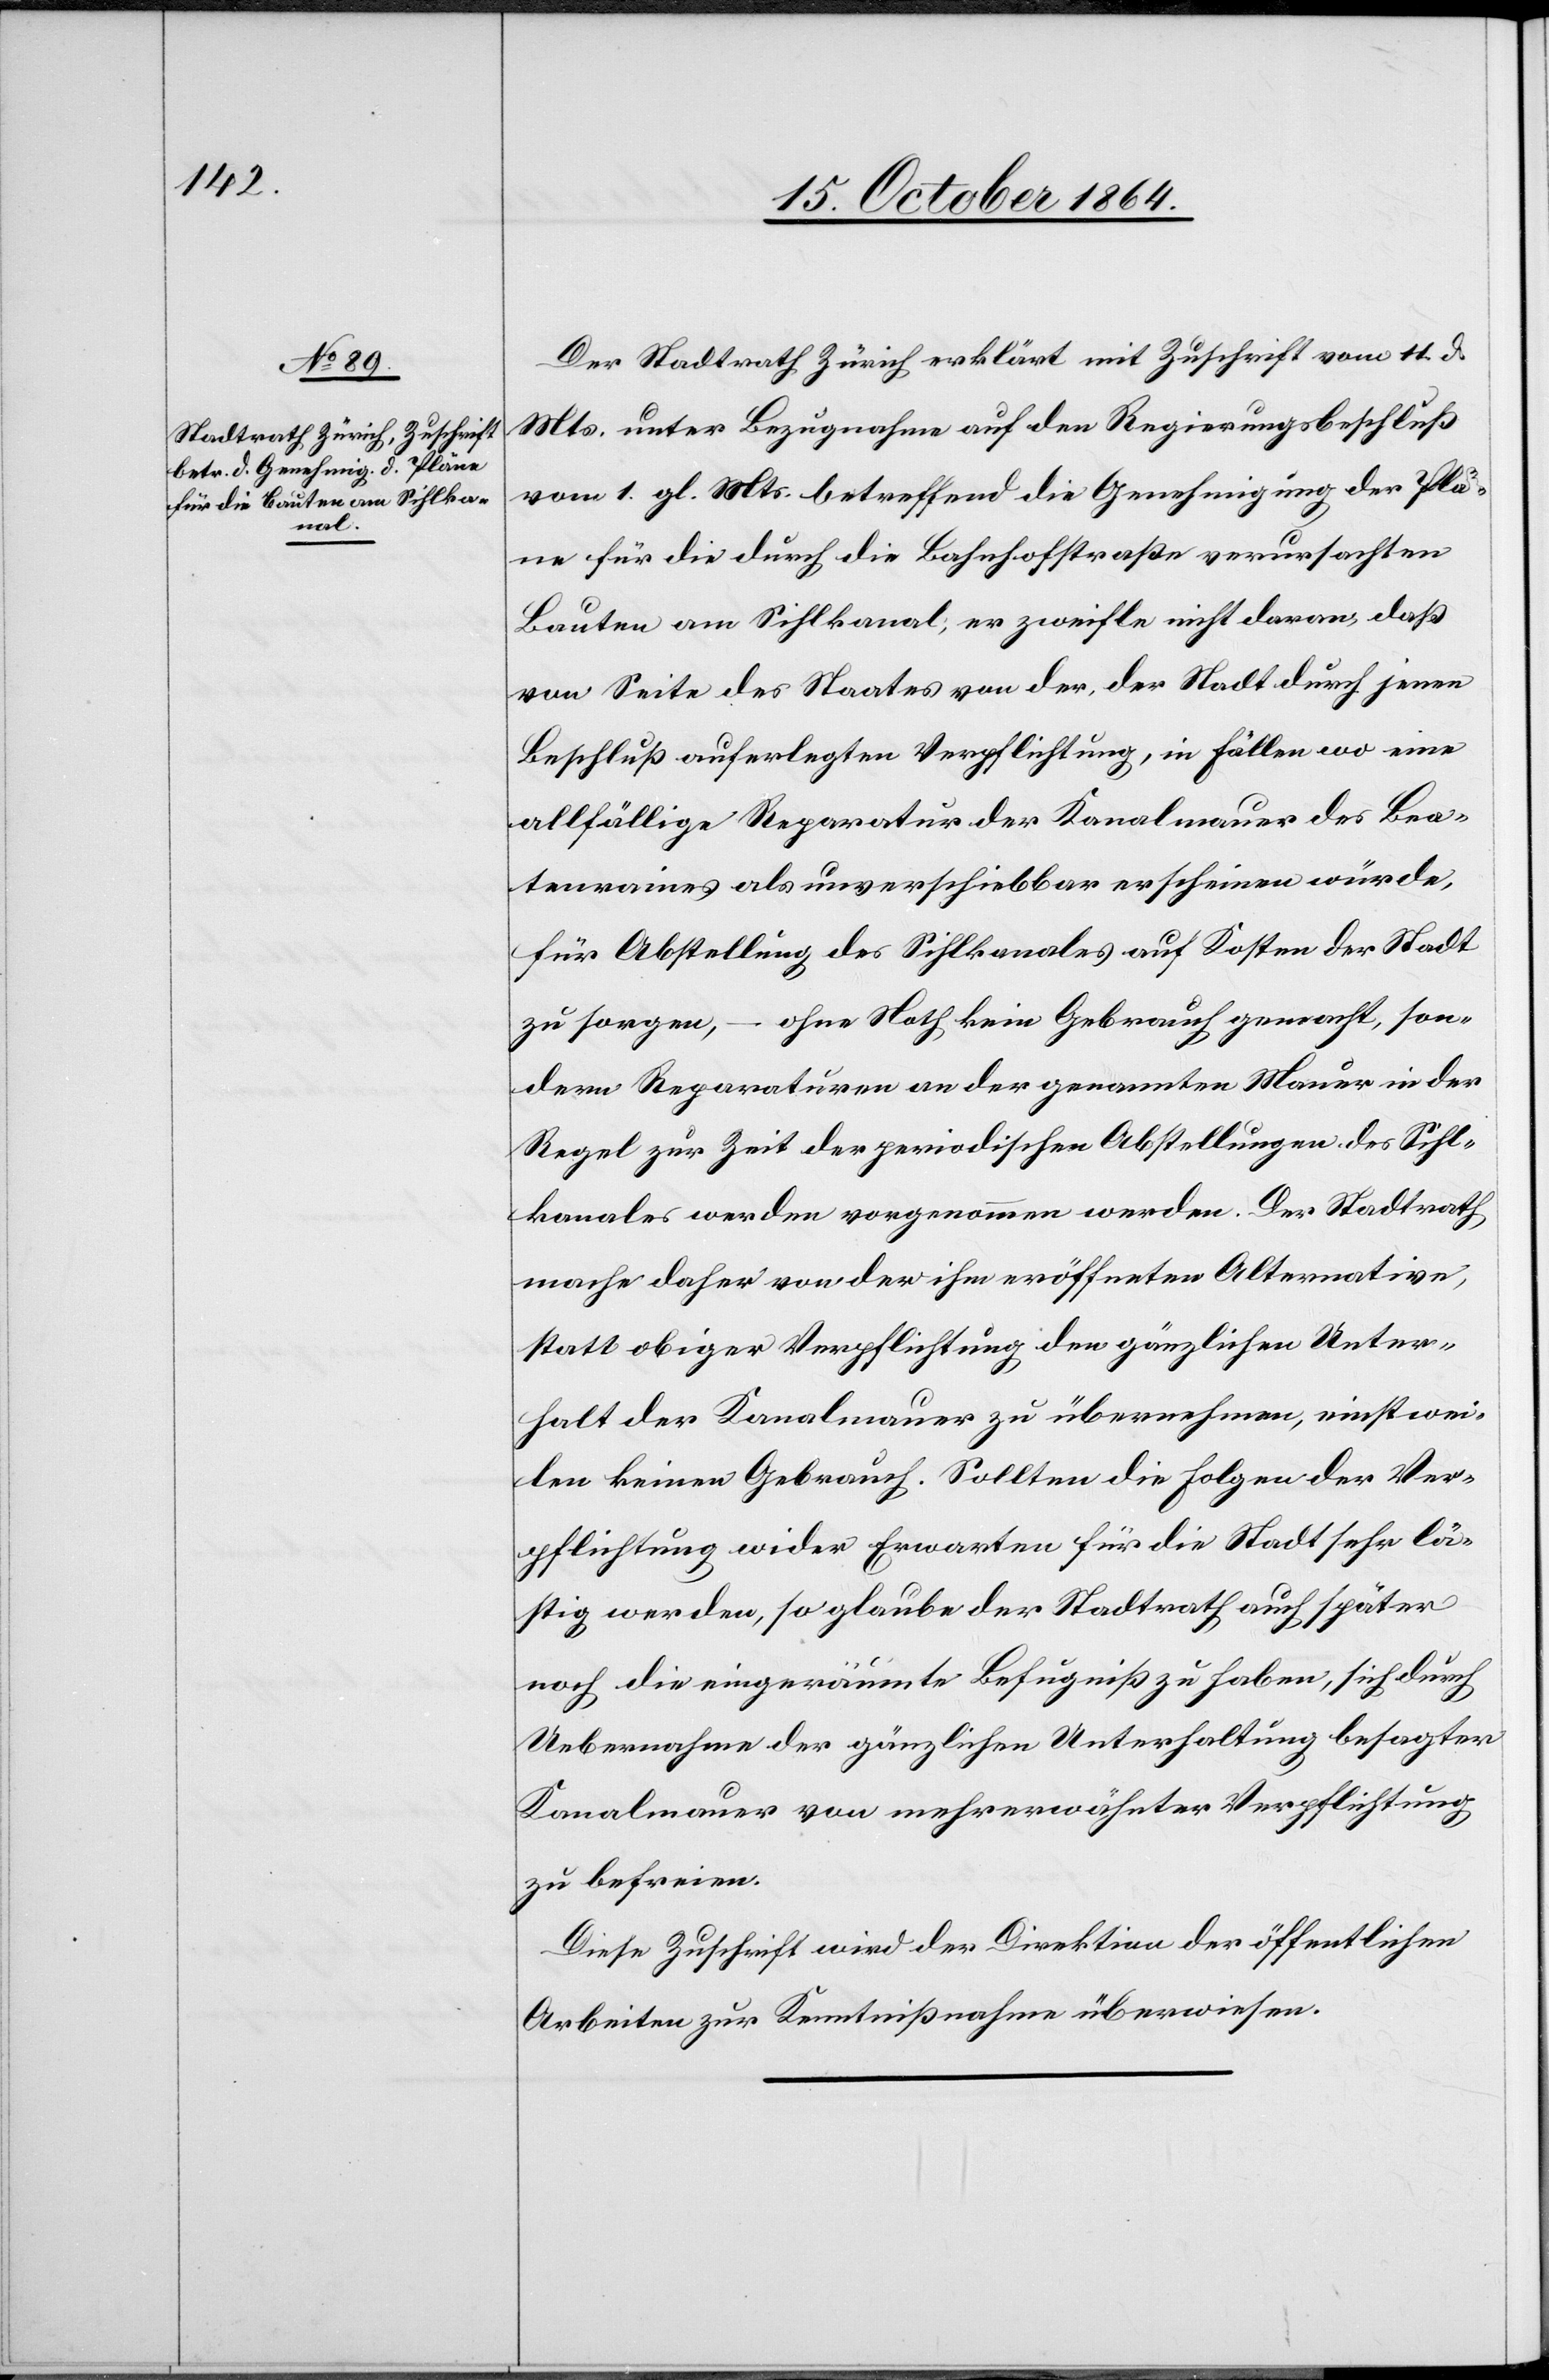
Der Stadtrath Zürich erklärt mit Zuschrift vom 11. d.
Mts. unter Bezugnahme auf den Regierungsbeschluß
vom 1. gl. Mts. betreffend die Genehmigung der Plä¬
ne für die durch die Bahnhofstraße verursachten
Bauten am Sihlkanal, er zweifle nicht daran, daß
von Seite des Staates von der, der Stadt durch jenen
Beschluß auferlegten Verpflichtung, in Fällen wo eine
allfällige Reparatur der Kanalmauer des Bea¬
tenrains als unverschiebbar erscheinen würde,
für Abstellung des Sihlkanales auf Kosten der Stadt
zu sorgen, – ohne Noth kein Gebrauch gemacht, son¬
dern Reparaturen an der genannten Mauer in der
Regel zur Zeit der periodischen Abstellungen des Sihl¬
kanales werden vorgenommen werden. Der Stadtrath
mache daher von der ihm eröffneten Alternative,
statt obiger Verpflichtung den gänzlichen Unter¬
halt der Kanalmauer zu übernehmen, einstwei¬
len keinen Gebrauch. Sollten die Folgen der Ver¬
pflichtung wider Erwarten für die Stadt sehr lä¬
stig werden, so glaube der Stadtrath auch später
noch die eingeräumte Befugniß zu haben, sich durch
Uebernahme der gänzlichen Unterhaltung besagter
Kanalmauer von mehrerwähnter Verpflichtung
zu befreien.
Diese Zuschrift wird der Direktion der öffentlichen
Arbeiten zur Kenntnißnahme überwiesen.